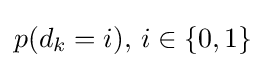
\textstyle p(d_{k}=i),\,i\in \{0,1\}